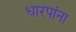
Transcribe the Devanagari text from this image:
धारपांना